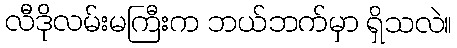
လီဒိုလမ်းမကြီးက ဘယ်ဘက်မှာ ရှိသလဲ။